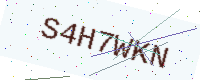
Text: S4H7WKN